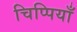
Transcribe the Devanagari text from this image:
चिप्पियाँ